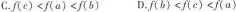
C.$$f ( c ) < f ( a ) < f ( b )$$ D.$$f ( b ) < f ( c ) < f ( a )$$